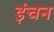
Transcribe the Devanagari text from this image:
इंचन